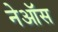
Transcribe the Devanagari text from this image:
नेऑस